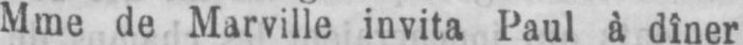
Mme de Marville invita Paul à dîner